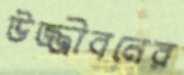
উজ্জীবনের